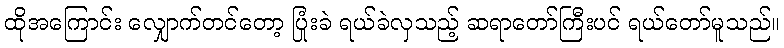
ထိုအကြောင်း လျှောက်တင်တော့ ပြုံးခဲ ရယ်ခဲလှသည့် ဆရာတော်ကြီးပင် ရယ်တော်မူသည်။